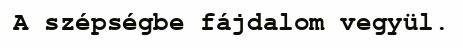
A szépségbe fájdalom vegyül.